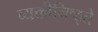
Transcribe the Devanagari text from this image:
व्यक्तीनिष्ठ्ते